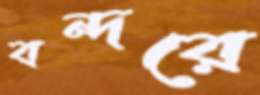
বন্দরে